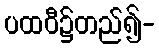
ပထဝီ၌တည်၍-